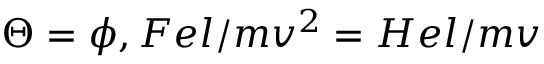
\Theta = \phi , F e l / m v ^ { 2 } = H e l / m v